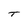
Character: T